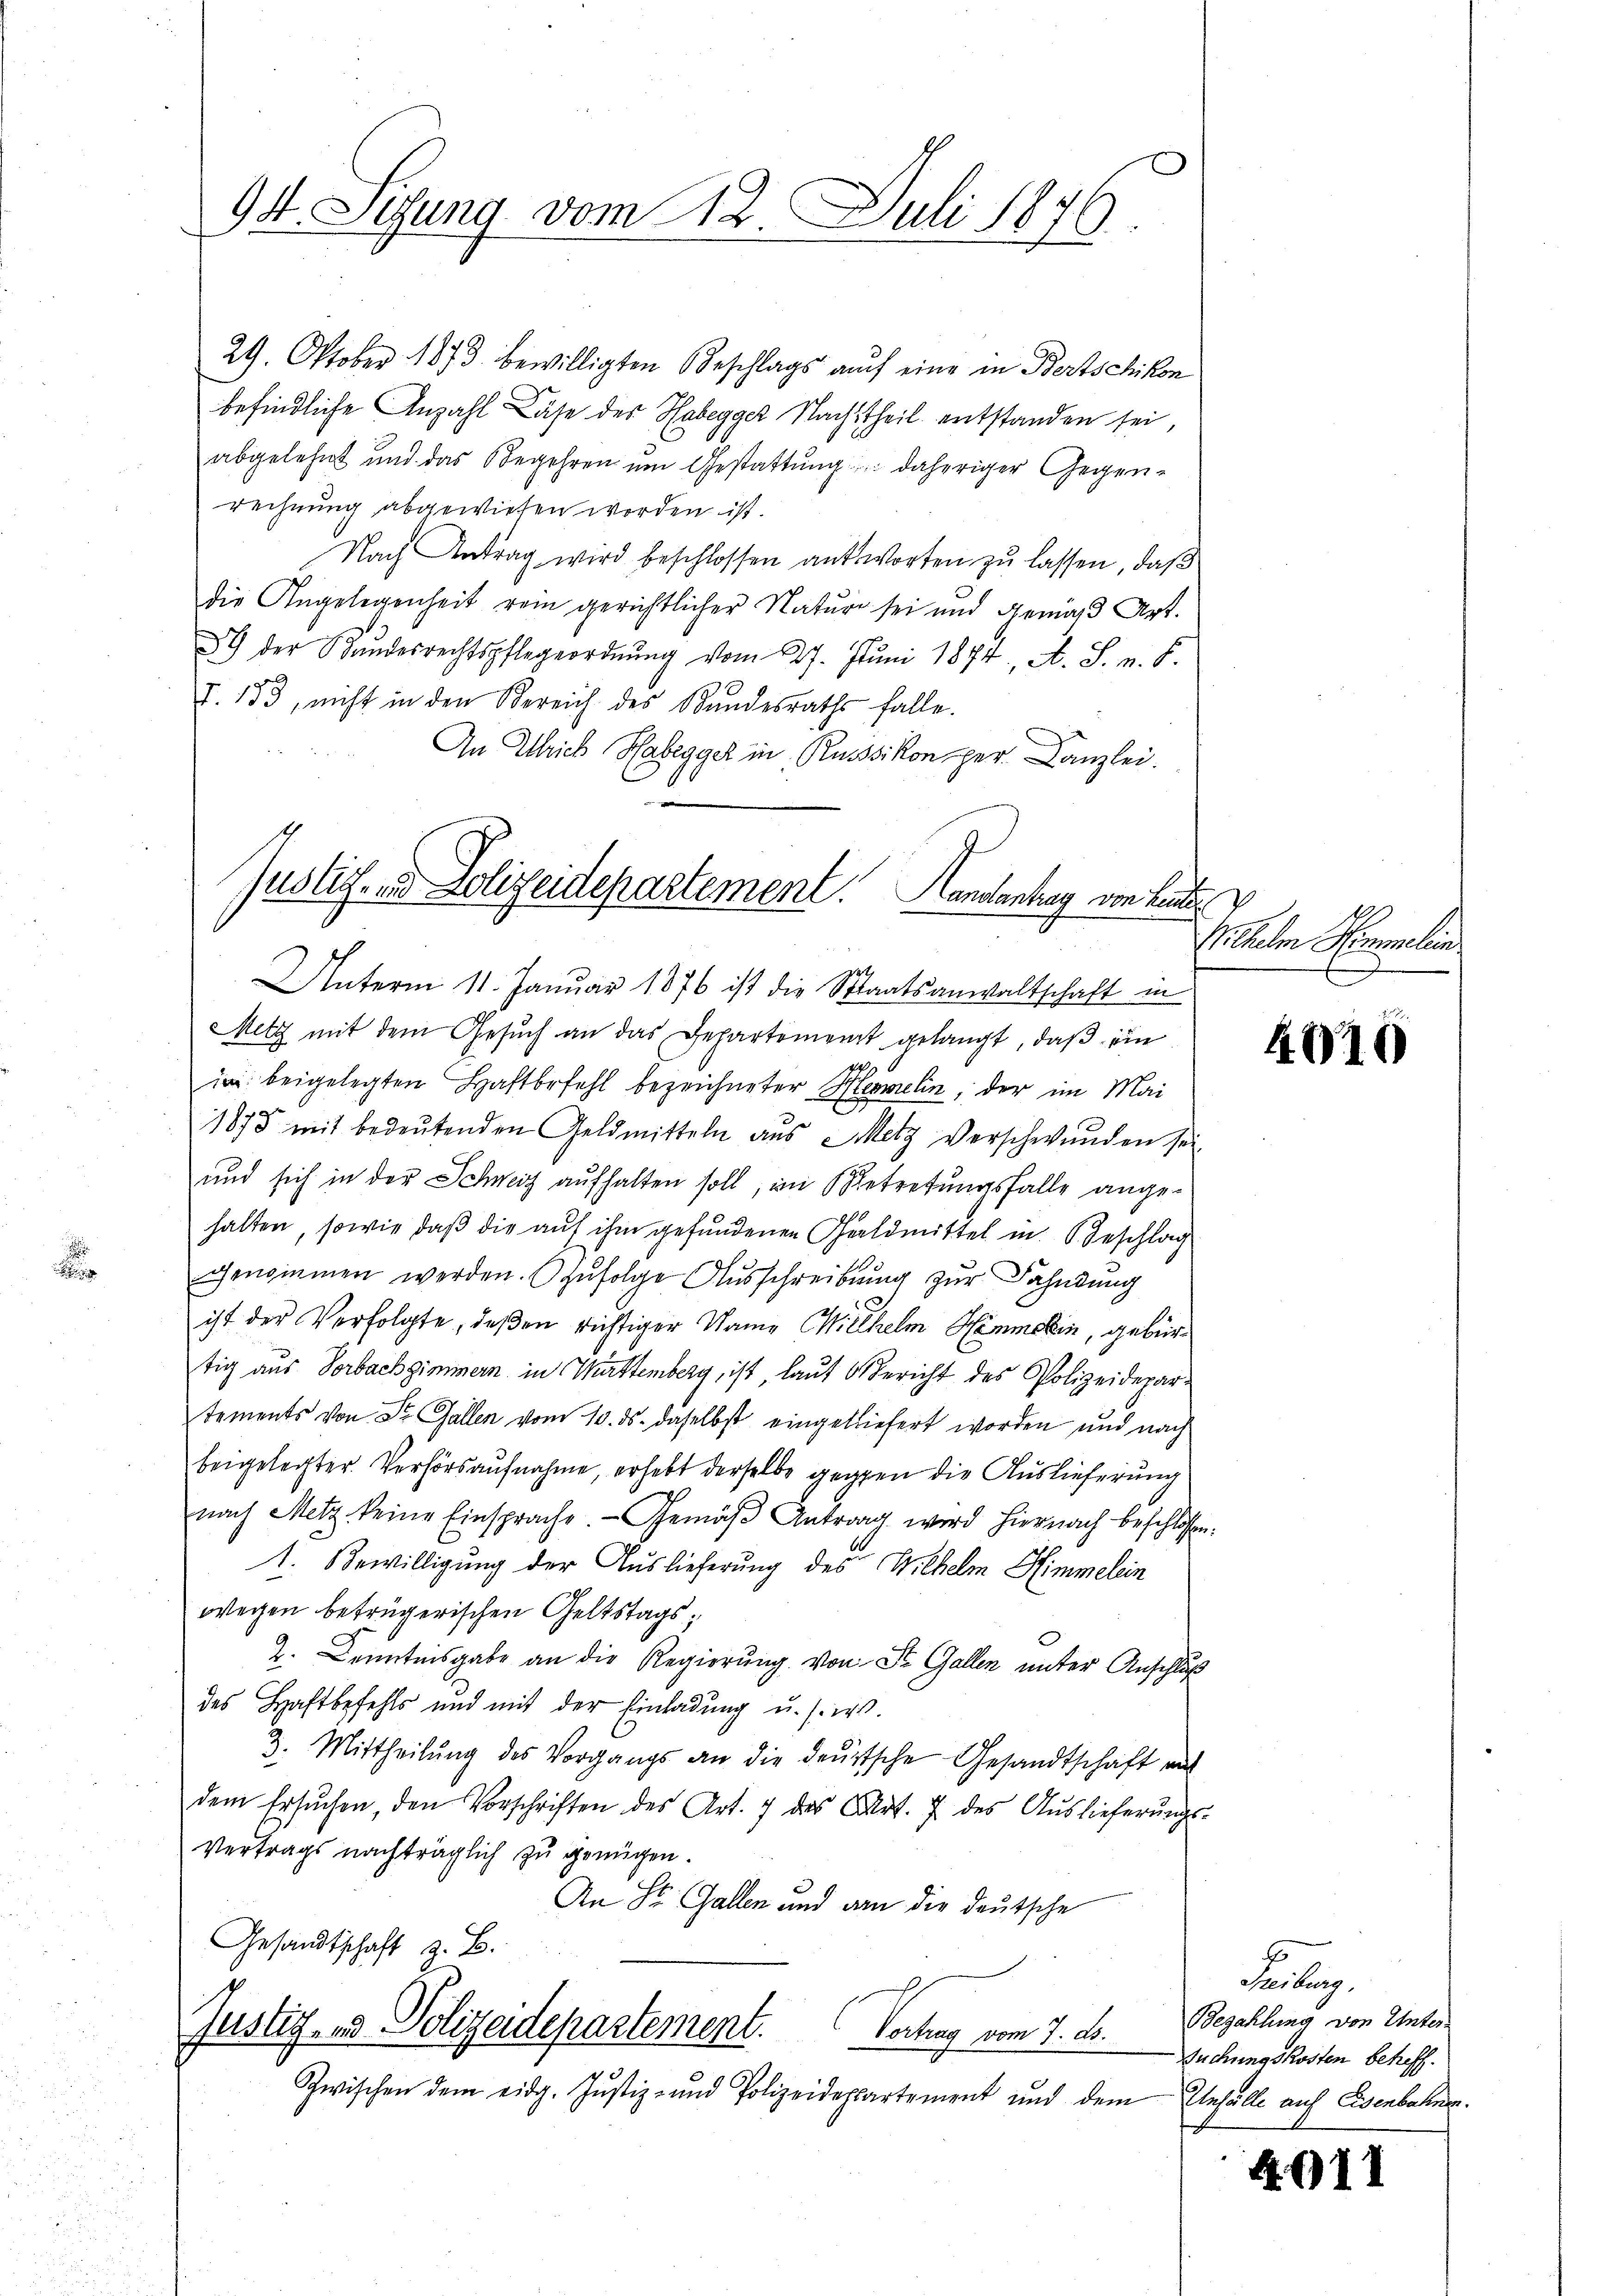
d

94. Sizung vom 12. Juli 1876.

29. Oktober 1873. bewilligten Beschlags auch eine in Bertschikon
befindliche Anzahl Lähe des Habegger Nachtheil entstanden sei,
abgelehnt und das Begehren um Gestattung daheriger Gegenrechnung abgewiesen worden ist.
Nach Antrag wird beschlossen antworten zu lassen, daß
die Angelegenheit rein gerichtlicher Natur sei und gemäß Art.
89 der Bundesrechtspflegeordnŭng vom 27. Juni 1874, A. S. n. F.
7. 153, nicht in den Bereich des Bundesraths falle.
An Ulrich Habegger in Russikon per Kanzlei.
Unterm 11. Januar 1876 ist die Staatsanwaltschaft in
Metz mit dem Gesŭch an das Departement gelangt, daβ ein
42 x
in beigelegten Haftbefehl bezeichneter Hermelin, der im Mai
1878 mit bedeŭtenden Geldmitteln aus Metz verschwunden sei.
und sich in der Schweiz aufhalten soll, im Betretungsfalle angehalten, sowie daß die auf ihm gefundenen Geldmittel in Geschlag
genommen werden. Zufolge Ausschreibung zur Fahndung
ist der Verfolgte, deßen richtiger Name Miethelm Himmelin, gebürtig aus Vorbachzimmern in Württemberg, ist laut Bericht des Polizeidepartements von Sr. Gallen vom 10. ds. daselbst eingeliefert worden und nach
beigelegter Verhörsaufnahme, erhebt derselbe gegen die Auslieferung
nach Metz keine Einsprache Gemäβ Antrag wird hiernach beschlossen:
1. Bewilligung der Auslieferung des Wilhelm Himmelein
wegen betrügerischen Geltstags¬
Z. Kenntnisgabe an die Regierung von St. Gallen unter Anschluß
des Haftbefehls und mit der Einladung u. s. w.
3. Mittheilŭng des Vorgangs an die deutsche Gesandtschaft auf
dem ersŭchen, den Vorschriften des Art. 7 des Art. 7 des Aŭslieferŭngs-
Vertrags nachträglich zu genügen.
An St. Gallen und an die deutsche
Gesandtschaft z. B.
Justiz- und Polizeidepartement. Vortrag vom 7. ds.
Zwischen dem eidg. Justiz- und Polizeidepartement und dem Unfalle auf Eisenbahnen.

Justiz- und Polizeidepartement. Handentrag von Lande

Wilhelm Himmelin

4010

4
Treiburg,
Bezahlung von Unter-
Suchungskosten betreff.

A011